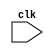
// DESCRIPTION: Verilator: Verilog Test module
//
// This file ONLY is placed into the Public Domain, for any use,
// without warranty, 2003 by Wilson Snyder.

module t (clk);
   input clk;

   reg [43:0] mi;
   reg 	      sel;
   reg [3:0]  sel2;

   always @ (posedge clk) begin
      mi = 44'h123;
      sel = mi[44];
      sel2 = mi[44:41];
      $write ("Bad select %x %x\n", sel, sel2);
   end
endmodule